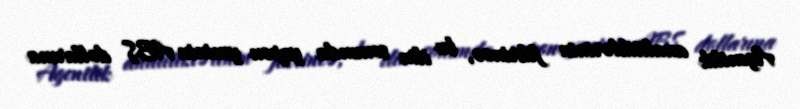
Agentlik analitiklərinin fikrincə, bu ilin sonunda yapon yeninin ABŞ dollarına